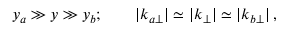
y _ { a } \gg y \gg y _ { b } ; \qquad | k _ { a \perp } | \simeq | k _ { \perp } | \simeq | k _ { b \perp } | \, ,